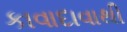
કાવાદાવાથી